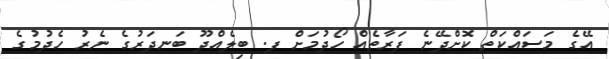
އޭގެ މަސައްކަތް ކޮށްދޭނެ ފަރާތެއް ހޯދުމަށް ފ. ބިލެއްދޫ ބަނދަރުގެ ނެރު ހެދުމުގެ